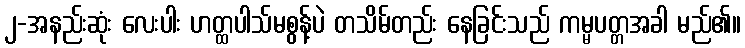
၂-အနည်းဆုံး လေးပါး ဟတ္ထပါသ်မစွန့်ပဲ တသိမ်တည်း နေခြင်းသည် ကမ္မပတ္တအခါ မည်၏။